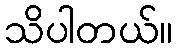
သိပါတယ်။